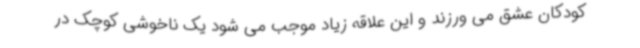
کودکان عشق می ورزند و این علاقه زیاد موجب می شود یک ناخوشی کوچک در